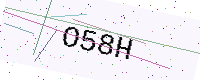
Text: O58H